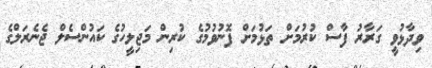
ވިދާޅުވީ ގަރާރު ފާސް ކުރުމަށް ތަޅުމަށް ފޮނުވުމުގެ ކުރިން މަޖިލީހުގެ ކައުންސެލް ޖެނެރަލްގެ